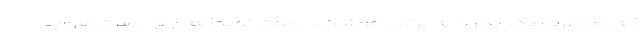
که دو طرف یکدیگر را به پرتاب موشک، حملات توپخانه‌ای و حملات هوایی